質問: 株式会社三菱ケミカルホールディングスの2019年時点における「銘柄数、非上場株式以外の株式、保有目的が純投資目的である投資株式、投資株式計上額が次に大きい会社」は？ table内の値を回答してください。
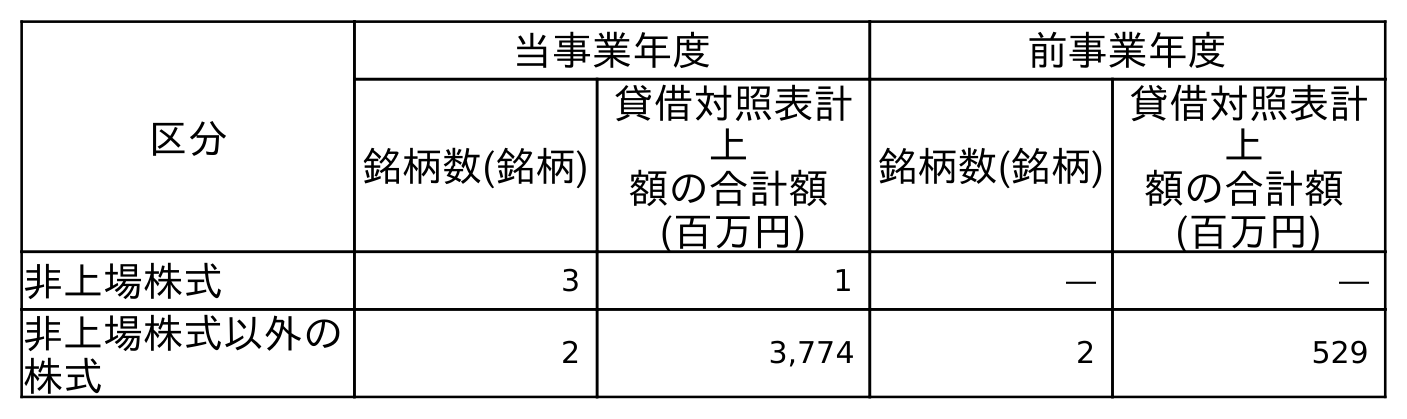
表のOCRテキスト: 区分 当事業年度 前事業年度 銘柄数(銘柄) 貸借対照表計 上 額の合計額 (百万円) 銘柄数(銘柄) 貸借対照表計 上 額の合計額 (百万円) 非上場株式 3 1 ― ― 非上場株式以外の 株式 2 3,774 2 529
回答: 2